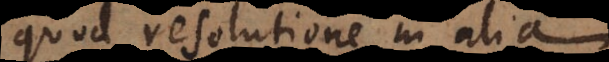
quod resolutione in alia